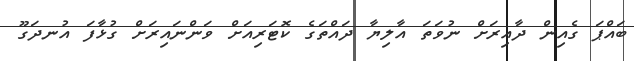
ބައްޕަ ގެއިން ދާއިރަށް ނުވަތަ އާލިޔާ ދައްތަގެ ކޮޓަރިއަށް ވަންނައިރަށް ގުޅާފަ އުނދަގޫ